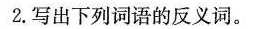
2.写出下列词语的反义词。